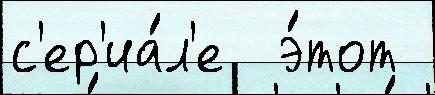
с'ер'иа́л'е  э́тот